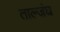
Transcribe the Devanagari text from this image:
ताल्जंघ